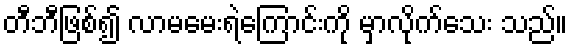
တီဘီဖြစ်၍ လာမမေးရဲကြောင်းကို မှာလိုက်သေး သည်။